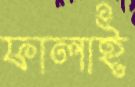
ফালাই